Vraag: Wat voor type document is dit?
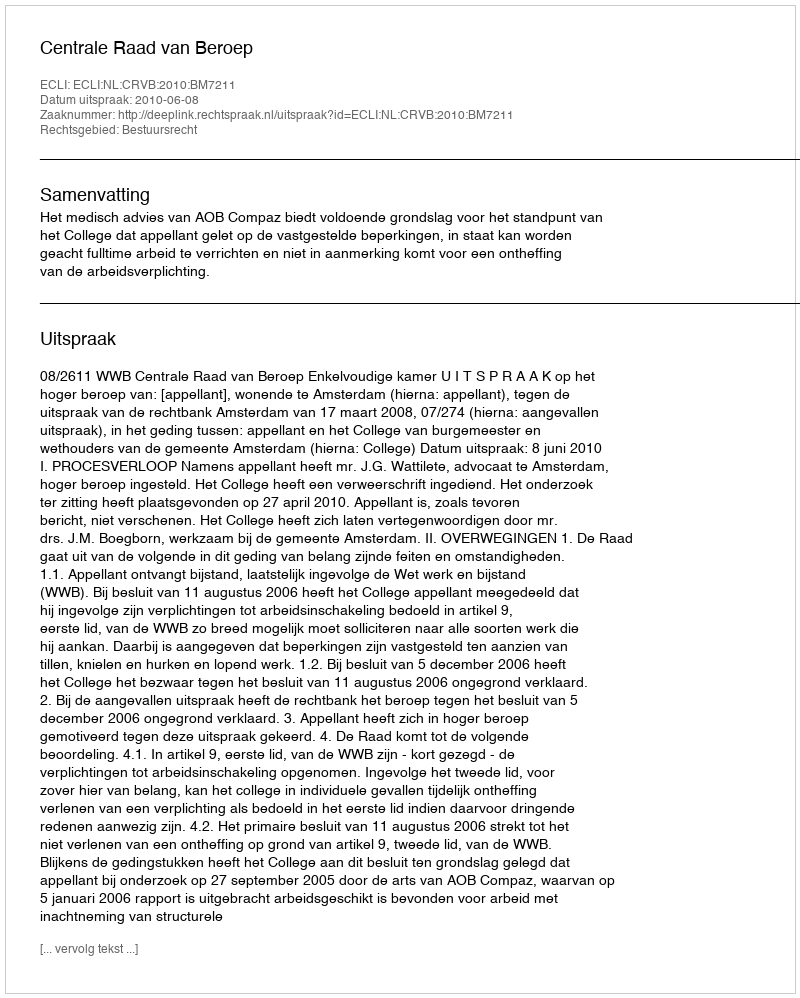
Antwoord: Uitspraak